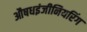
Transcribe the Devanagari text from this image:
औषधइंजीनियरिंग